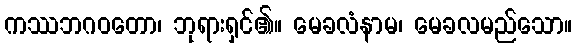
ကဿဘဂဝတော၊ ဘုရားရှင်၏။ မေခလံနာမ၊ မေခလမည်သော။